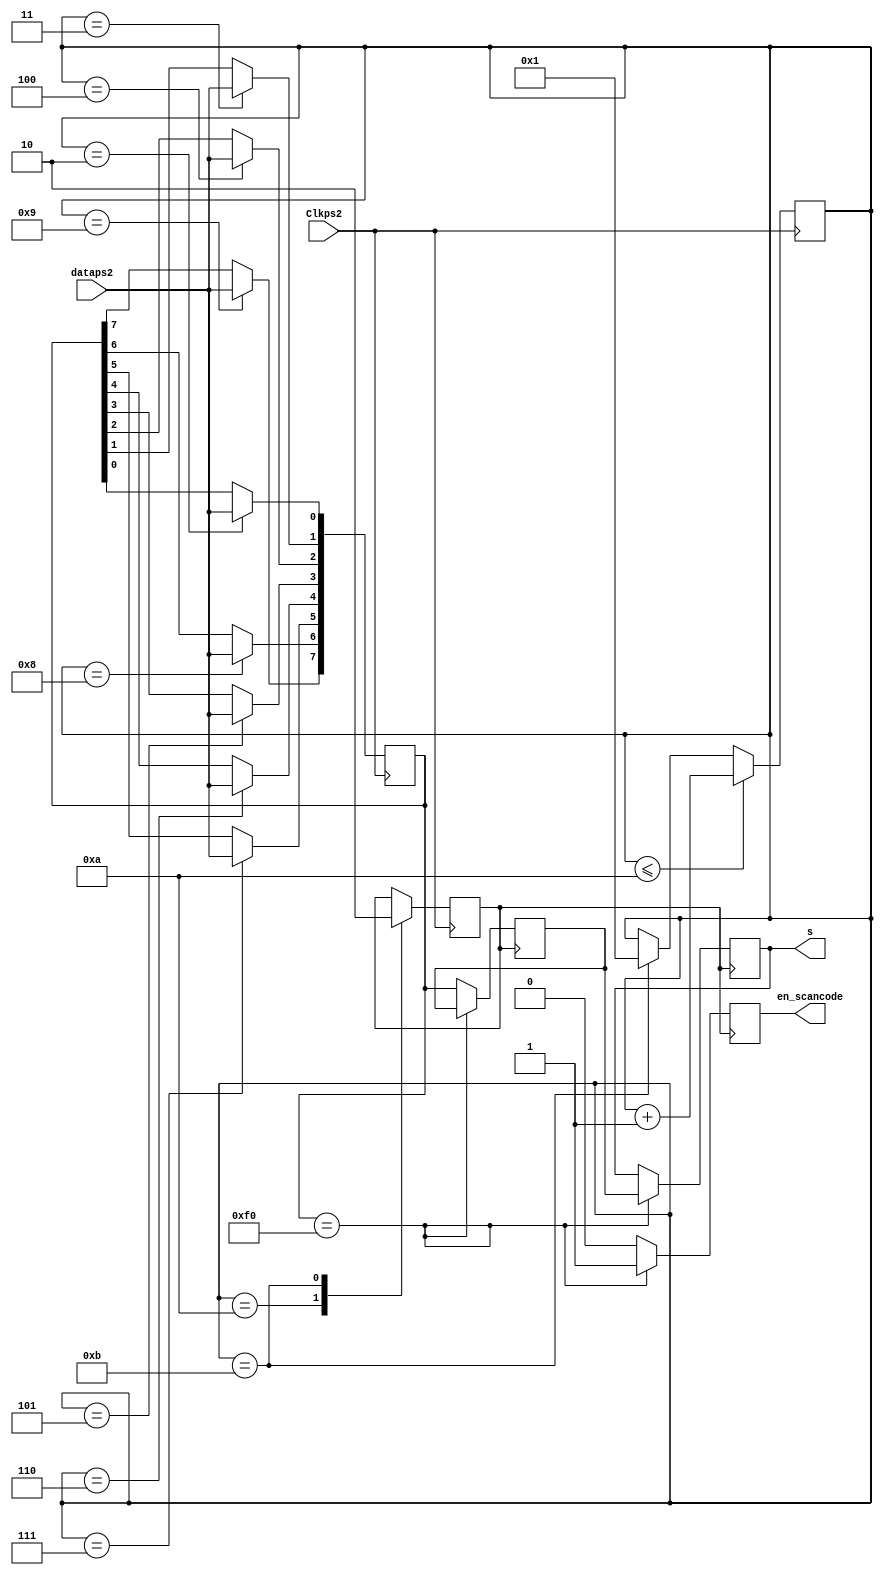
module serie_paralelo(	input wire Clkps2,
			input wire dataps2,
			output wire [7:0] s,
			output wire en_scancode );


			reg [7:0] data_curr;
			reg [7:0] data_pre;
			reg [7:0] s_aux;
			reg [3:0] b;
			reg finps2;
			reg en_scancode_aux;

initial
	begin
		b<=4'h1;
		finps2<=1'b0;
		data_curr<=8'hf0;
		data_pre<=8'hf0;
		s_aux<=8'hf0;
		en_scancode_aux=1'b0;
	end
always @(negedge Clkps2)

	begin
	case(b)
		1:;
		//bit de inicio
		2:data_curr[0]<=dataps2;
		3:data_curr[1]<=dataps2;
		4:data_curr[2]<=dataps2;
		5:data_curr[3]<=dataps2;
		6:data_curr[4]<=dataps2;
		7:data_curr[5]<=dataps2;
		8:data_curr[6]<=dataps2;
		9:data_curr[7]<=dataps2;
		10:finps2<=1'b1;
		//bit de paridad
		11:finps2<=1'b0;
		//bit final
	endcase
	if(b<=10)
	begin
		b<=b+1;
	end
	else if(b==11)
	begin
		b<=1;
	end
end

always@(posedge finps2)

begin
if(data_curr ==8'hf0)
	begin
	s_aux<=data_pre;
	en_scancode_aux<=1'b1;
	end
else
	begin
	data_pre<=data_curr;
	en_scancode_aux<=1'b0;
	end
end


assign s=s_aux;
assign en_scancode=en_scancode_aux;
endmodule